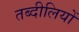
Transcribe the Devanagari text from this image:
तब्दीलियों